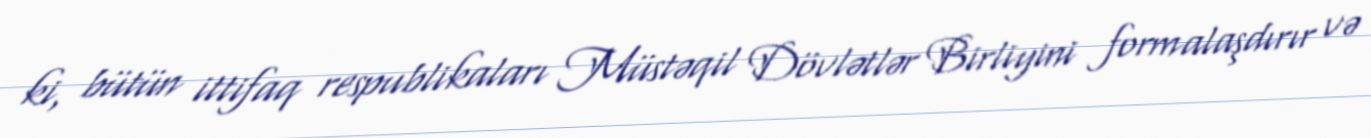
ki, bütün ittifaq respublikaları Müstəqil Dövlətlər Birliyini formalaşdırır və